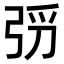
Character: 𫸰